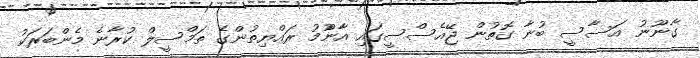
ގާނޫނު އަސާސީ ބުނާ ގޮތުން ޖޭއެސްސީގައި އާންުމު ރައްޔިތުންގެ ތަމްސީލް ކުރާނެ މެންބަރަކު